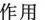
作用